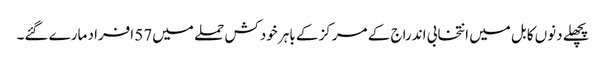
پچھلے دنوں کابل میں انتخابی اندراج کے مرکز کے باہر خودکش حملے میں57 افراد مارے گئے۔